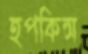
হপকিন্স